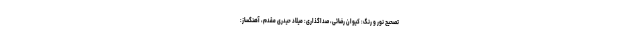
تصحیح نور و رنگ: کیوان رضائی، صداگذاری: میلاد حیدری مقدم، آهنگساز: